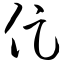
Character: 促